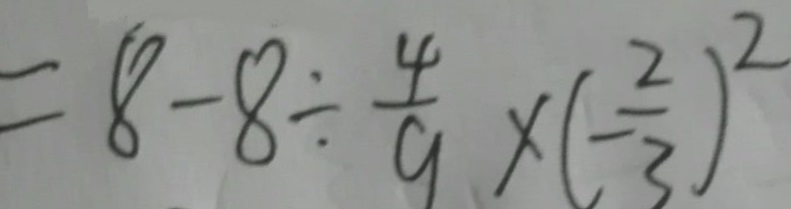
= 8 - 8 \div \frac { 4 } { 9 } \times ( - \frac { 2 } { 3 } ) ^ { 2 }